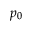
p _ { 0 }